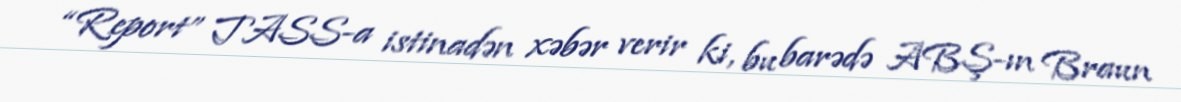
“Report” TASS-a istinadən xəbər verir ki, bu barədə ABŞ-ın Braun